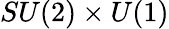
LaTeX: SU(2)\times U(1)